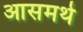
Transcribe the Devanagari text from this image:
आसमर्थ